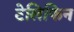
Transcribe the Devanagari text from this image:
टेलिफिन